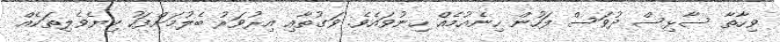
ވިހާތާ ސާޅިސް ދުވަސް ފަހުން ހިނެއުމެއް ހިނުވައެވެ. ވަގުތާއި އިރުވަރު ބެލުމަށްފަހު ކިޔެވެލިތަކެއް